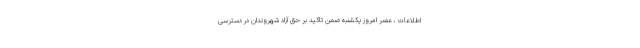
اطلاعات ، عصر امروز یکشنبه ضمن تاکید بر حق آزاد شهروندان در دسترسی